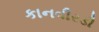
કાનવીરડી